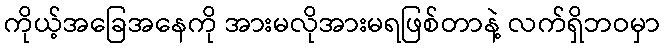
ကိုယ့်အခြေအနေကို အားမလိုအားမရဖြစ်တာနဲ့ လက်ရှိဘဝမှာ